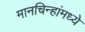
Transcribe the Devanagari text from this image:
मानचिन्हांमध्ये